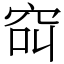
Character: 䆗